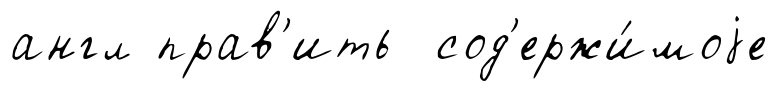
англ прав'ить сод'ержи́моjе